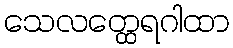
သေလတ္ထေရဂါထာ